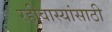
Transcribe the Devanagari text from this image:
रहीवास्यांसाठी